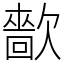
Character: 㱇